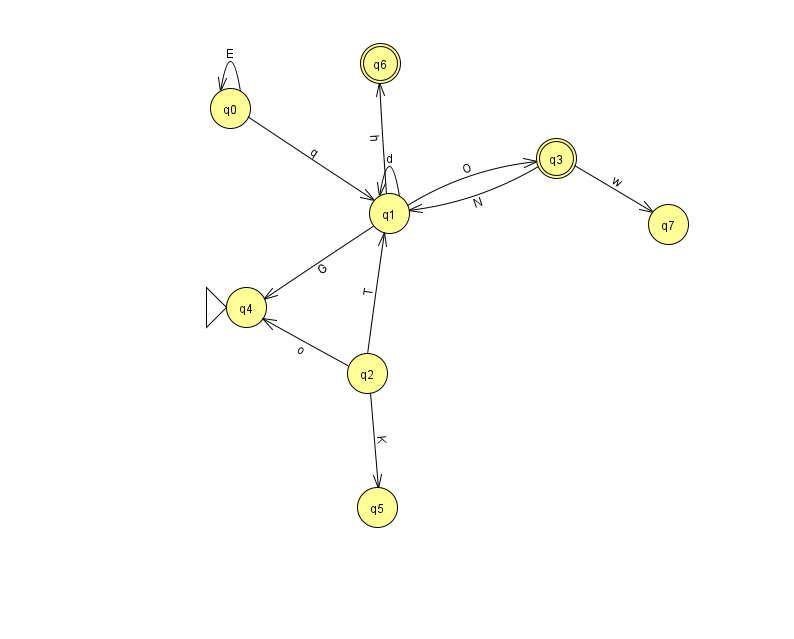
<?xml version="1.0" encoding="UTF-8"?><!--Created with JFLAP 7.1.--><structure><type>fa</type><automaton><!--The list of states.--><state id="0" name="q0"><x>230.0</x><y>95.0</y></state><state id="1" name="q1"><x>389.0</x><y>200.0</y></state><state id="2" name="q2"><x>367.0</x><y>360.0</y></state><state id="3" name="q3"><x>556.0</x><y>145.0</y><final/></state><state id="4" name="q4"><x>246.0</x><y>294.0</y><initial/></state><state id="5" name="q5"><x>377.0</x><y>494.0</y></state><state id="6" name="q6"><x>380.0</x><y>50.0</y><final/></state><state id="7" name="q7"><x>668.0</x><y>211.0</y></state><!--The list of transitions.--><transition><from>2</from><to>1</to><read>T</read></transition><transition><from>2</from><to>4</to><read>o</read></transition><transition><from>2</from><to>5</to><read>K</read></transition><transition><from>1</from><to>1</to><read>d</read></transition><transition><from>0</from><to>0</to><read>E</read></transition><transition><from>3</from><to>7</to><read>w</read></transition><transition><from>3</from><to>1</to><read>N</read></transition><transition><from>0</from><to>1</to><read>q</read></transition><transition><from>1</from><to>3</to><read>O</read></transition><transition><from>1</from><to>6</to><read>h</read></transition><transition><from>1</from><to>4</to><read>G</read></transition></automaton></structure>